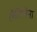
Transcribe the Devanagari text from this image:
लैतिनिना